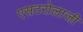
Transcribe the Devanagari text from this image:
एसटरोलाजी